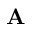
\mathbf { A }